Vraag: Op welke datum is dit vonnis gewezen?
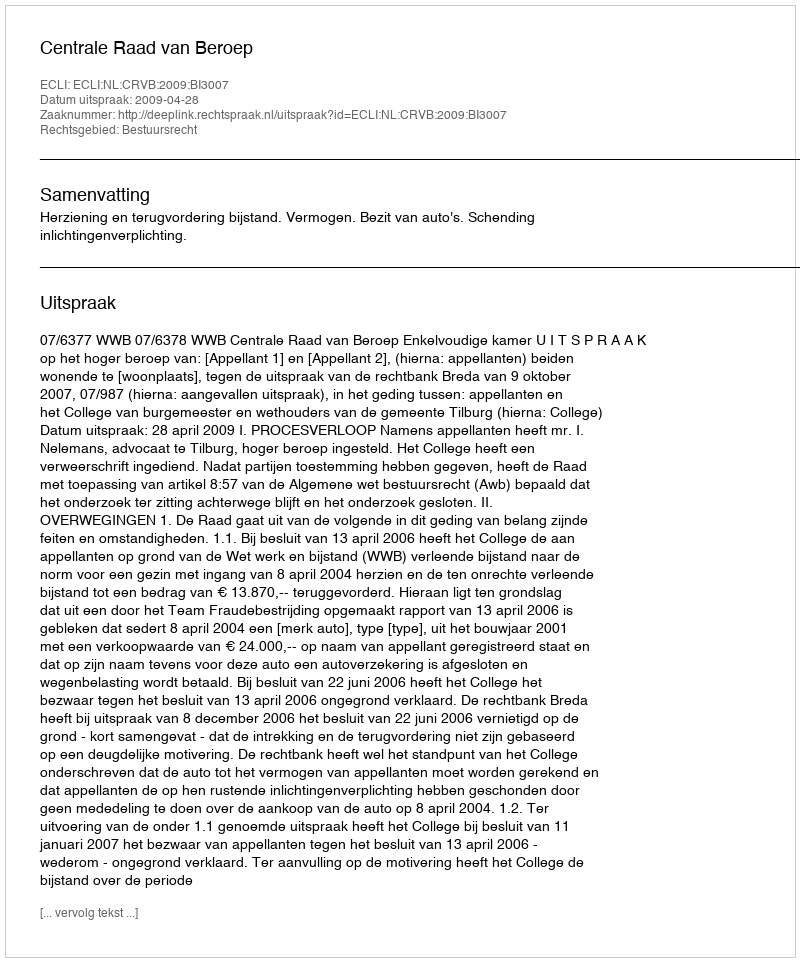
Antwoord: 2009-04-28